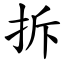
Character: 拆